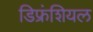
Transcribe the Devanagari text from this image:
डिफ्रंशियल